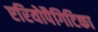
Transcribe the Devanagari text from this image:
एरियोपैगिटिका